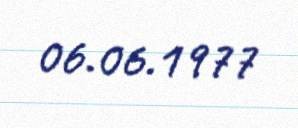
06.06.1977